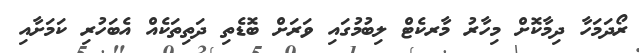
ރޯދަމަހާ ދިމާކޮށް މިހާރު މާރކެޓް ލިބުމުގައި ވަރަށް ބޮޑެތި ދަތިތަކެއް އެބަހުރި ކަމަށާއި